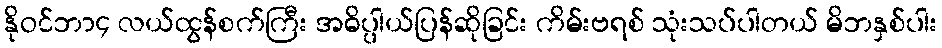
နိုဝင်ဘာ၄ လယ်ထွန်စက်ကြီး အဓိပ္ပါယ်ပြန်ဆိုခြင်း ကိမ်းဗရစ် သုံးသပ်ပါတယ် မိဘနှစ်ပါး